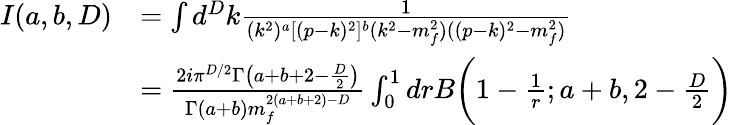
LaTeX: \begin{array}{rl}{I(a,b,D)}&{=\int d^{D}k\frac{1}{(k^{2})^{a}[(p-k)^{2}]^{b}(k^{2}-m_{f}^{2})((p-k)^{2}-m_{f}^{2})}}\\ &{=\frac{2i\pi^{D/2}\Gamma\big(a+b+2-\frac{D}{2}\big)}{\Gamma(a+b)m_{f}^{2(a+b+2)-D}}\int_{0}^{1}drB\bigg(1-\frac{1}{r};a+b,2-\frac{D}{2}\bigg)}\end{array}